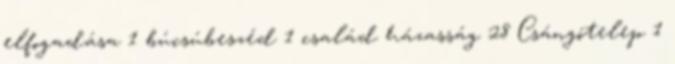
elfogadása 1 búcsúbeszéd 1 család házasság 28 Csángótelep 1